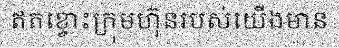
ឥតខ្ចោះក្រុមហ៊ុនរបស់យើងមាន